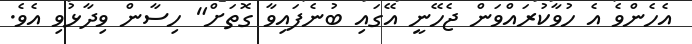
އެހެންވެ އެ ހުވާކުރައްވަން ޖެހޭނީ އޭގައި ބުނެފައިވާ ގޮތަށް" ހިސާން ވިދާޅުވި އެވެ.